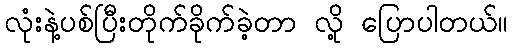
လုံးနဲ့ပစ်ပြီးတိုက်ခိုက်ခဲ့တာ လို့ ပြောပါတယ်။